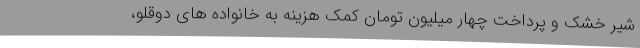
شیر خشک و پرداخت چهار میلیون تومان کمک هزینه به خانواده های دوقلو،